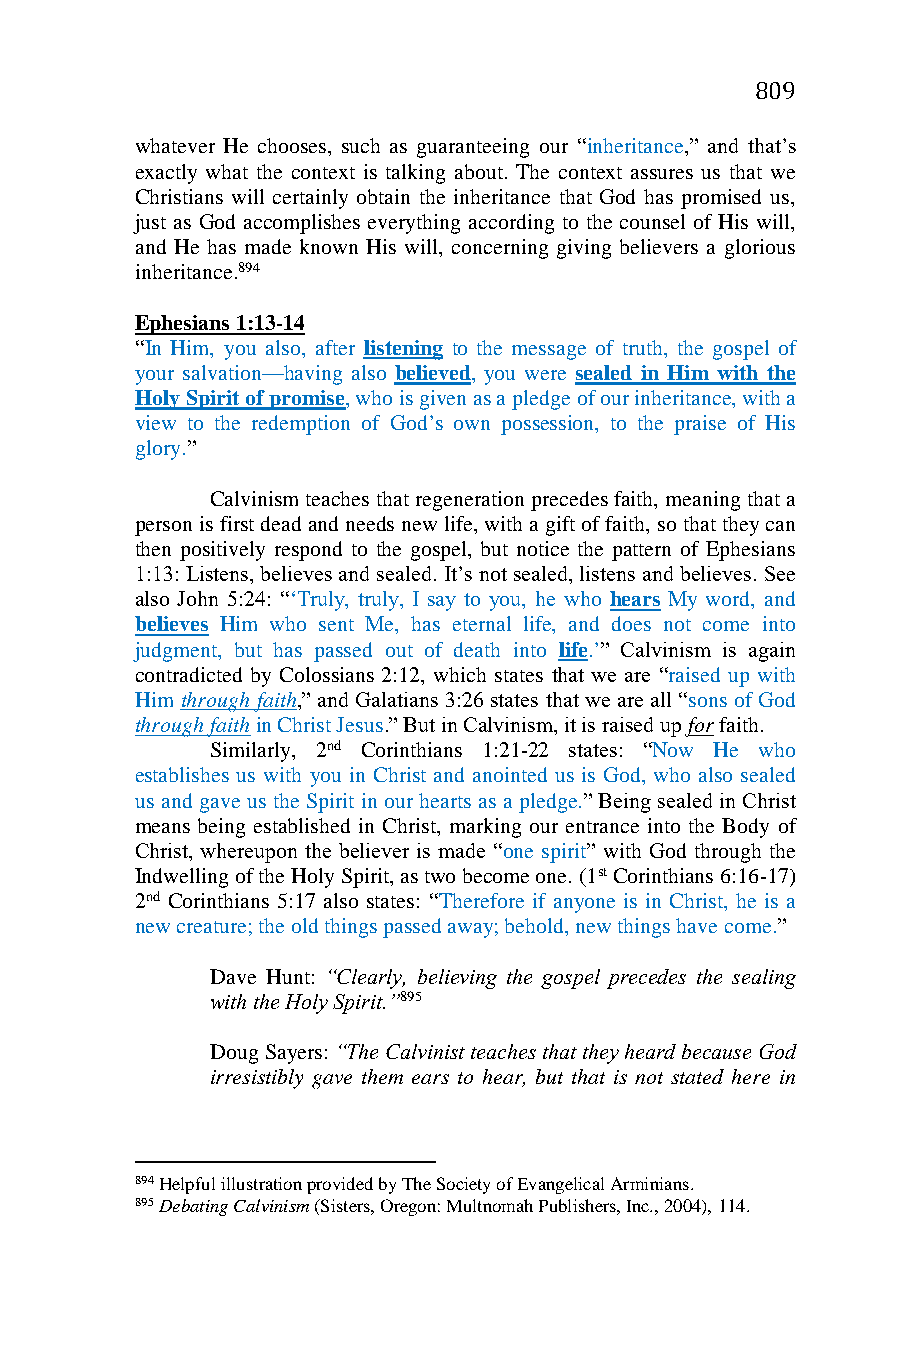
809
 whatever He chooses, such as guaranteeing our “inheritance,” and that’s
 exactly what the context is talking about. The context assures us that we
 Christians will certainly obtain the inheritance that God has promised us,
 just as God accomplishes everything according to the counsel of His will,
 and He has made known His will, concerning giving believers a glorious
 inheritance.894
 Ephesians 1:13-14
 “In Him, you also, after listening to the message of truth, the gospel of
 your salvation—having also believed, you were sealed in Him with the
 Holy Spirit of promise, who is given as a pledge of our inheritance, with a
 view to the redemption of God’s own possession, to the praise of His
 glory.”
 Calvinism teaches that regeneration precedes faith, meaning that a
 person is first dead and needs new life, with a gift of faith, so that they can
 then positively respond to the gospel, but notice the pattern of Ephesians
 1:13: Listens, believes and sealed. It’s not sealed, listens and believes. See
 also John 5:24: “‘Truly, truly, I say to you, he who hears My word, and
 believes Him who sent Me, has eternal life, and does not come into
 judgment, but has passed out of death into life.’” Calvinism is again
 contradicted by Colossians 2:12, which states that we are “raised up with
 Him through faith,” and Galatians 3:26 states that we are all “sons of God
 through faith in Christ Jesus.” But in Calvinism, it is raised up for faith.
 Similarly, 2nd Corinthians 1:21-22 states: “Now He who
 establishes us with you in Christ and anointed us is God, who also sealed
 us and gave us the Spirit in our hearts as a pledge.” Being sealed in Christ
 means being established in Christ, marking our entrance into the Body of
 Christ, whereupon the believer is made “one spirit” with God through the
 Indwelling of the Holy Spirit, as two become one. (1st Corinthians 6:16-17)
 2nd Corinthians 5:17 also states: “Therefore if anyone is in Christ, he is a
 new creature; the old things passed away; behold, new things have come.”
 Dave Hunt: “Clearly, believing the gospel precedes the sealing
 with the Holy Spirit.”895
 Doug Sayers: “The Calvinist teaches that they heard because God
 irresistibly gave them ears to hear, but that is not stated here in
 894 Helpful illustration provided by The Society of Evangelical Arminians.
 895 Debating Calvinism (Sisters, Oregon: Multnomah Publishers, Inc., 2004), 114.